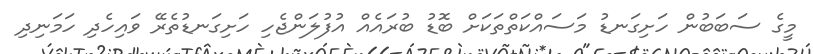
މީގެ ސަބަބުން ހަށިގަނޑު މަސައްކަތްތަކަށް ބޮޑު ބުރައެއް އުފުލަންޖެހި ހަށިގަނޑުތެރޭ ވައިހެދި ހަމަނިދި